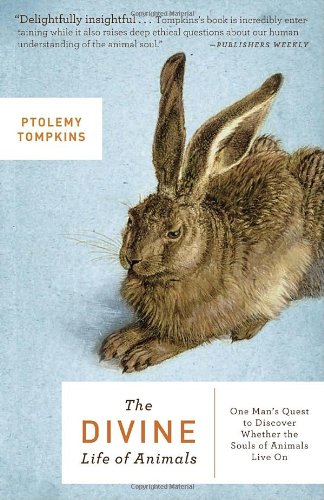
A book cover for The Divine Life of Animals: One Man's Quest to Discover Whether the Souls of Animals Live On; Ptolemy Tompkins; Crafts, Hobbies & Home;